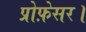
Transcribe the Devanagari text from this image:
प्रोफ़ेसर।